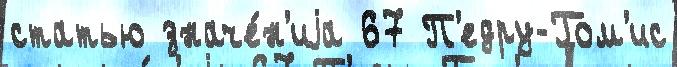
статью значе́н'иjа 67 П'едру-Гом'ис